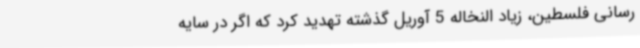
رسانی فلسطین، زیاد النخاله 5 آوریل گذشته تهدید کرد که اگر در سایه